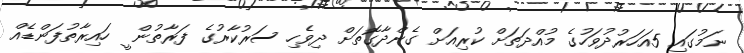
ނަމުގައި 5އަހަރުދުވަހުގެ މުއްދަތަށް ކުރިއަށް ގެންދާގޮތަށް ދިވެހި ސަރުކާރުގެ ފަރާތުން ީ ހައިރާތުފަންޑެއް